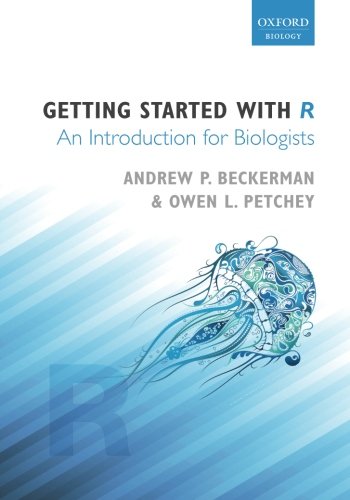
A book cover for Getting Started with R: An Introduction for Biologists; Andrew P. Beckerman; Computers & Technology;